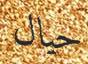
حيال